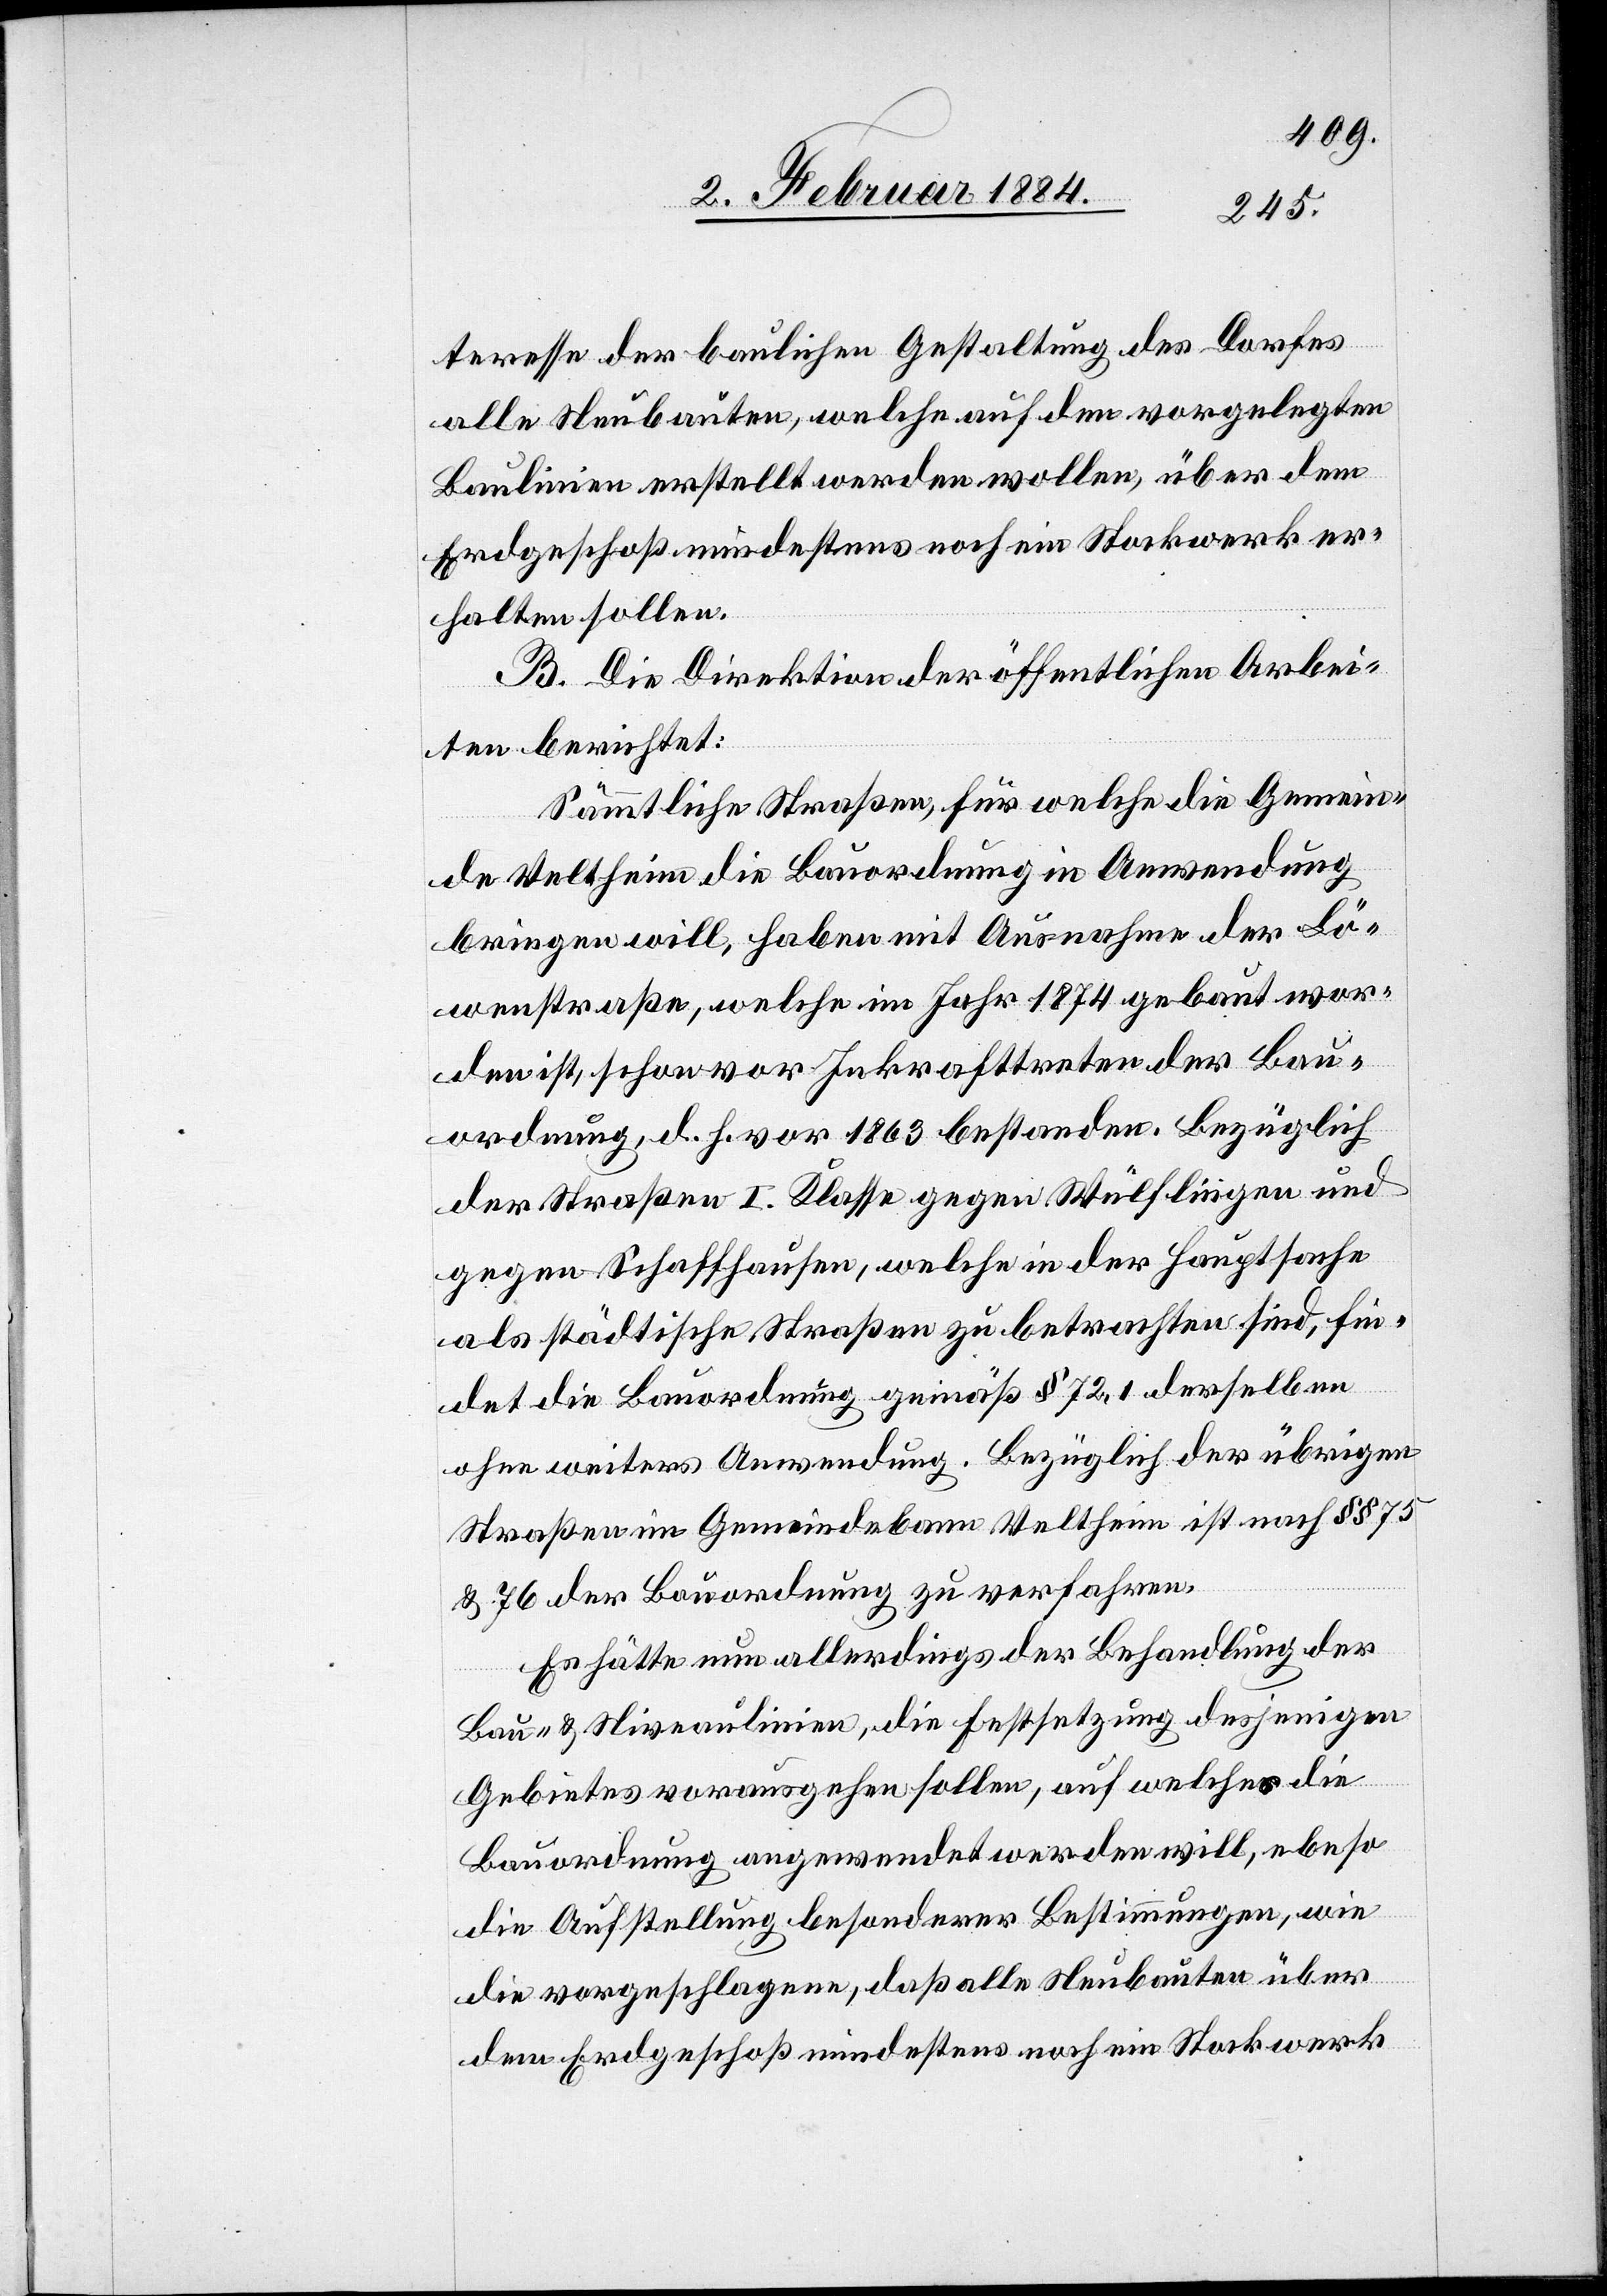
teresse der baulichen Gestaltung des Dorfes
alle Neubauten, welche auf den vorgelegten
Baulinien erstellt werden wollen, über dem
Erdgeschoß mindestens noch ein Stockwerk er¬
halten sollen.
B. Die Direktion der öffentlichen Arbei¬
ten berichtet:
Sämmtliche Straßen, für welche die Gemein¬
de Veltheim die Bauordnung in Anwendung
bringen will, haben mit Ausnahme der Lö¬
wenstraße, welche im Jahr 1874 gebaut wor¬
den ist, schon vor Inkrafttreten der Bau¬
ordnung, d. h. vor 1863 bestanden. Bezüglich
der Straßen I. Klasse gegen Wülflingen und
gegen Schaffhausen, welche in der Hauptsache
als städtische Straßen zu betrachten sind, fin¬
det die Bauordnung gemäß § 71,2 derselben
ohne weiteres Anwendung. Bezüglich der übrigen
Straßen im Gemeindebann Veltheim ist nach §§ 75
& 76 der Bauordnung zu verfahren.
Es hätte nun allerdings der Behandlung der
Bau- & Niveaulinien, die Festsetzung desjenigen
Gebiets vorausgehen sollen, auf welches die
Bauordnung angewendet werden will, ebenso
die Aufstellung besonderer Bestimmungen, wie
die vorgeschlagene, daß alle Neubauten über
dem Erdgeschoß mindestens noch ein Stockwerk